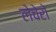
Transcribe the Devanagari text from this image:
लेचेरो